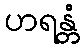
ဟရန္တံ